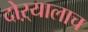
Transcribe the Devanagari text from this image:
दोऱ्यालाच